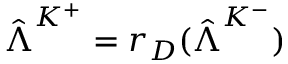
\hat { \boldsymbol { \Lambda } } ^ { K ^ { + } } = r _ { D } ( \hat { \boldsymbol { \Lambda } } ^ { K ^ { - } } )